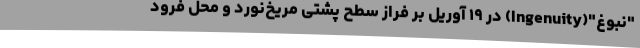
"نبوغ"(Ingenuity) در ۱۹ آوریل بر فراز سطح پشتی مریخ‌نورد و محل فرود